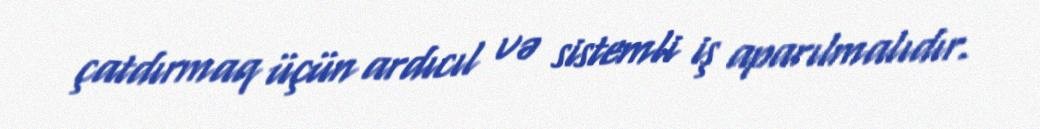
çatdırmaq üçün ardıcıl və sistemli iş aparılmalıdır.